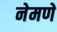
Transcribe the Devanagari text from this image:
नेमणे